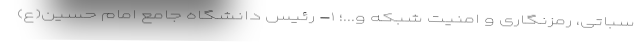
سباتی، رمزنگاری و امنیت شبکه و...؛ ۱- رئیس دانشگاه جامع امام حسین(ع)